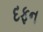
દફન